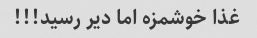
غذا خوشمزه اما دیر رسید!!!